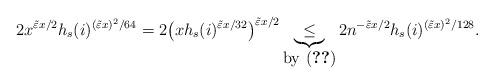
LaTeX: \begin{align*} 2x^{ \tilde \varepsilon x/ 2}h_s(i)^{(\tilde\varepsilon x)^2/64}=2 \big( x h_s(i)^{ \tilde \varepsilon x / 32 } \big)^{ \tilde \varepsilon x /2 } \underbrace{\le}_{\mbox{by \eqref{eq: Probhx0}}} 2 n^{- \tilde \varepsilon x / 2} h_s(i)^{ ( \tilde \varepsilon x )^2 /128 }.\end{align*}